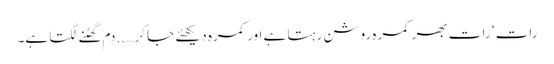
رات ‘ رات بھر کمرہ روشن رہتا ہے اور کمرہ دیکھئے جا کر …..دم گھٹنے لگتا ہے۔